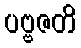
ပဗ္ဗဇတိ